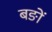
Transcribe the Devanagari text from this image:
बङों